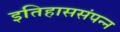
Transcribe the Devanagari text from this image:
इतिहाससंपन्न